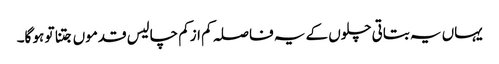
یہاں یہ بتاتی چلوں کے یہ فاصلہ کم ازکم چالیس قدموں جتنا تو ہو گا۔